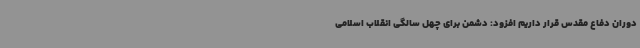
دوران دفاع مقدس قرار داریم افزود: دشمن برای چهل سالگی انقلاب اسلامی